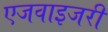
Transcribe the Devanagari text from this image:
एजवाइजरी